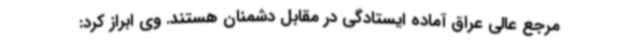
مرجع عالی عراق آماده ایستادگی در مقابل دشمنان هستند. وی ابراز کرد: